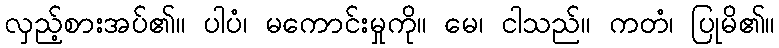
လှည့်စားအပ်၏။ ပါပံ၊ မကောင်းမှုကို။ မေ၊ ငါသည်။ ကတံ၊ ပြုမိ၏။